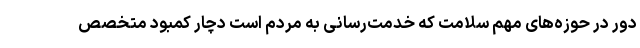
دور در حوزه‌های مهم سلامت که خدمت‌رسانی به مردم است دچار کمبود متخصص